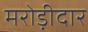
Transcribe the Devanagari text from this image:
मरोड़ीदार